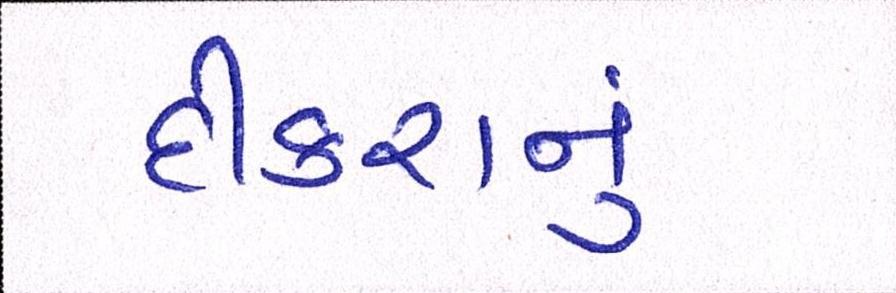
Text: દીકરાનું